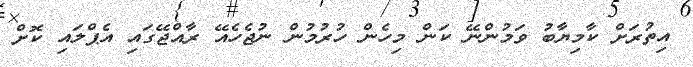
އިތުރަށް ކާމިޔާބު ވަމުންނޭ ކަން މިހެން ހުރުމުން ނުޖެހެއޭ ރާއްޖޭގައި އެޕްލައި ކޮށް